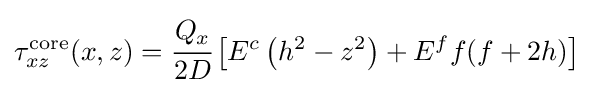
\tau _{xz}^{\mathrm {core} }(x,z)={\cfrac {Q_{x}}{2D}}\left[E^{c}\left(h^{2}-z^{2}\right)+E^{f}f(f+2h)\right]